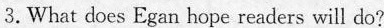
3. What does Egan hope readers will do?